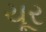
ચૂર